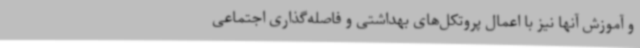
و آموزش آنها نیز با اعمال پروتکل‌های بهداشتی و فاصله‌گذاری اجتماعی